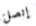
إتصل